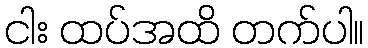
ငါး ထပ်အထိ တက်ပါ။